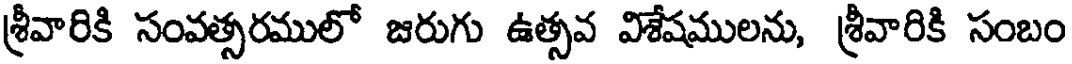
శ్రీవారికి సంవత్సరములో జరుగు ఉత్సవ విశేషములను, శ్రీవారికి సంబం